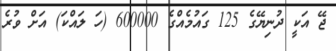
ޖޭ އަކީ ދުނިޔޭގެ 125 ގައުމެއްގެ 600000 (ހަ ލައްކަ) އަށް ވުރެ